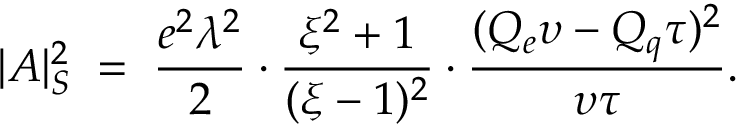
| A | _ { S } ^ { 2 } \; = \; \frac { e ^ { 2 } \lambda ^ { 2 } } { 2 } \cdot \frac { \xi ^ { 2 } + 1 } { ( \xi - 1 ) ^ { 2 } } \cdot \frac { ( Q _ { e } \upsilon - Q _ { q } \tau ) ^ { 2 } } { \upsilon \tau } .